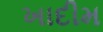
ખાદીમ